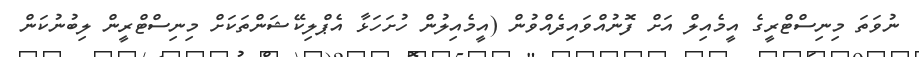
ނުވަތަ މިނިސްޓްރީގެ އީމެއިލް އަށް ފޮނުއްވައިދެއްވުން (އީމެއިލުން ހުށަހަޅާ އެޕްލިކޭޝަންތަކަށް މިނިސްޓްރީން ލިބުނުކަން